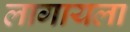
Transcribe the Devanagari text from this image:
लागायला